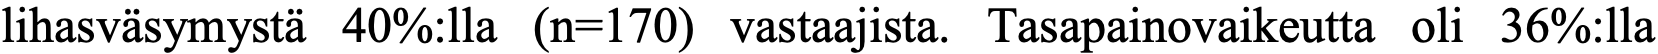
lihasväsymystä 40%:lla (n=170) vastaajista. Tasapainovaikeutta oli 36%:lla